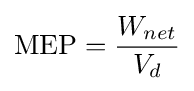
{\text{MEP}}={\frac {W_{net}}{V_{d}}}